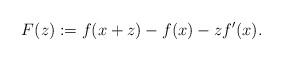
LaTeX: \begin{align*} F(z) := f(x + z) - f(x) - z f'(x).\end{align*}